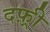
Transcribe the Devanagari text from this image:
दफ़्री